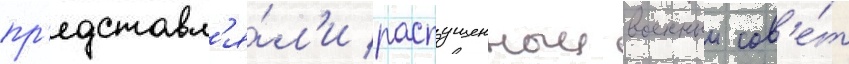
пр'едставл'я́л'и распущенныи военныи сов'е́т